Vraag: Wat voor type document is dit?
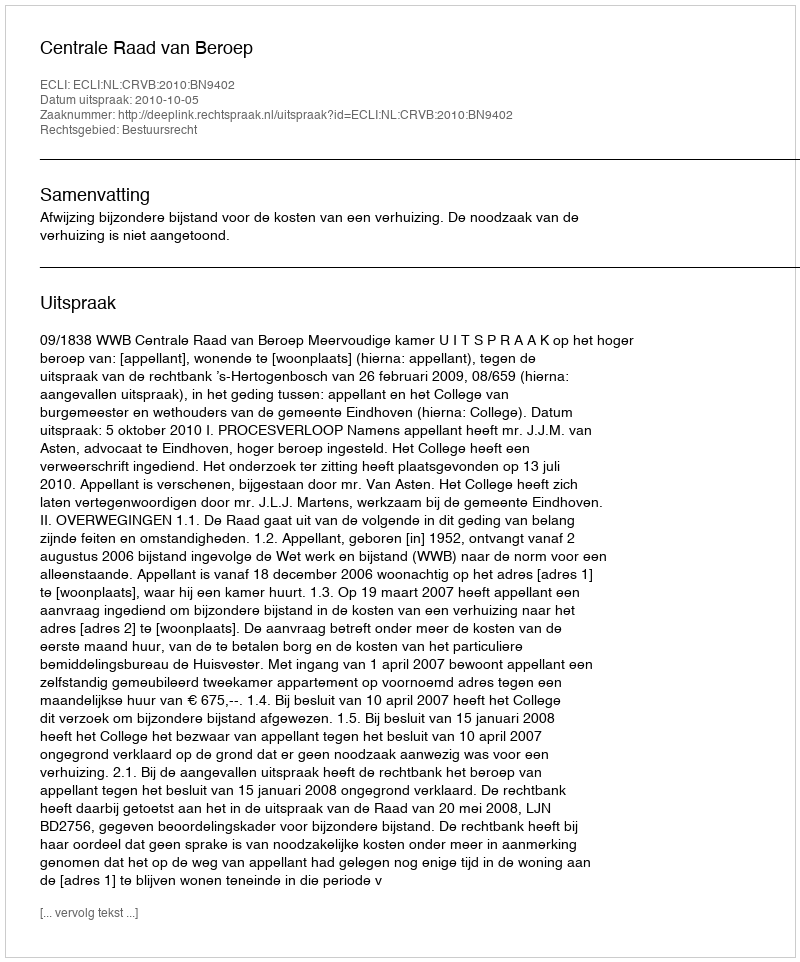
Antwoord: Uitspraak